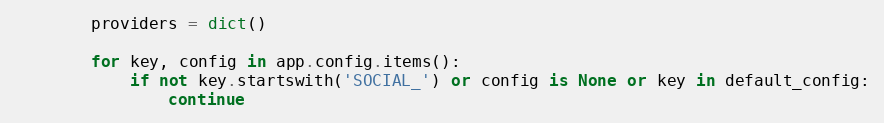
Language: Python
        providers = dict()

        for key, config in app.config.items():
            if not key.startswith('SOCIAL_') or config is None or key in default_config:
                continue